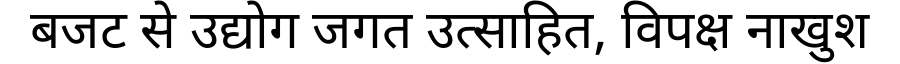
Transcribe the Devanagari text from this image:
बजट से उद्योग जगत उत्साहित, विपक्ष नाखुश